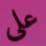
على